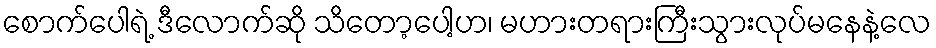
စောက်ပေါရဲ့ ဒီလောက်ဆို သိတော့ပေါ့ဟ၊ မဟားတရားကြီးသွားလုပ်မနေနဲ့လေ